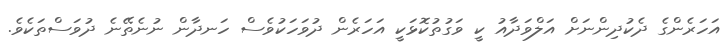
އަހަރެންގެ ދެކުދިންނަށް އަލްވަދާއު ކީ ވަގުތުކޮޅަކީ އަހަރެން ދުވަހަކުވެސް ހަނދާން ނުނެތޭނެ ދުވަސްތަކެވެ.